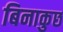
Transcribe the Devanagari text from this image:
बिनाकुछ